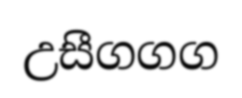
උසීගගග